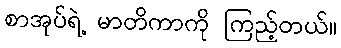
စာအုပ်ရဲ့ မာတိကာကို ကြည့်တယ်။